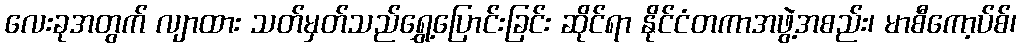
လေးခုအတွက် လျာထား သတ်မှတ်သည်ရွှေ့ပြောင်းခြင်း ဆိုင်ရာ နိုင်ငံတကာအဖွဲ့အစည်း၊ မာစီကော့ပ်စ်၊